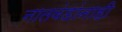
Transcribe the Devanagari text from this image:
नातवंडांनाही